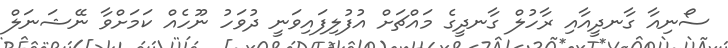
ސޯނިއާ ގާނދީއާއި ރާހުލް ގާނދީގެ މައްޗަށް އުފުލިފައިވަނީ ދުވަހު ނޫހެއް ކަމަށްވާ ނޭޝަނަލް